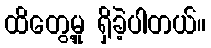
ထိတွေ့မှု ရှိခဲ့ပါတယ်။